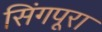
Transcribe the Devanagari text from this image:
सिंगपूरा